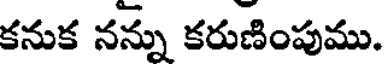
కనుక నన్ను కరుణింపుము.